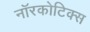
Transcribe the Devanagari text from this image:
नॉरकोटिक्स